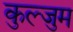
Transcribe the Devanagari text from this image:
कुल्जुम